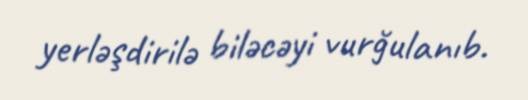
yerləşdirilə biləcəyi vurğulanıb.